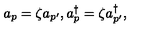
a _ { p } = \zeta a _ { p ^ { \prime } } , a _ { p } ^ { \dagger } = \zeta a _ { p ^ { \prime } } ^ { \dagger } ,